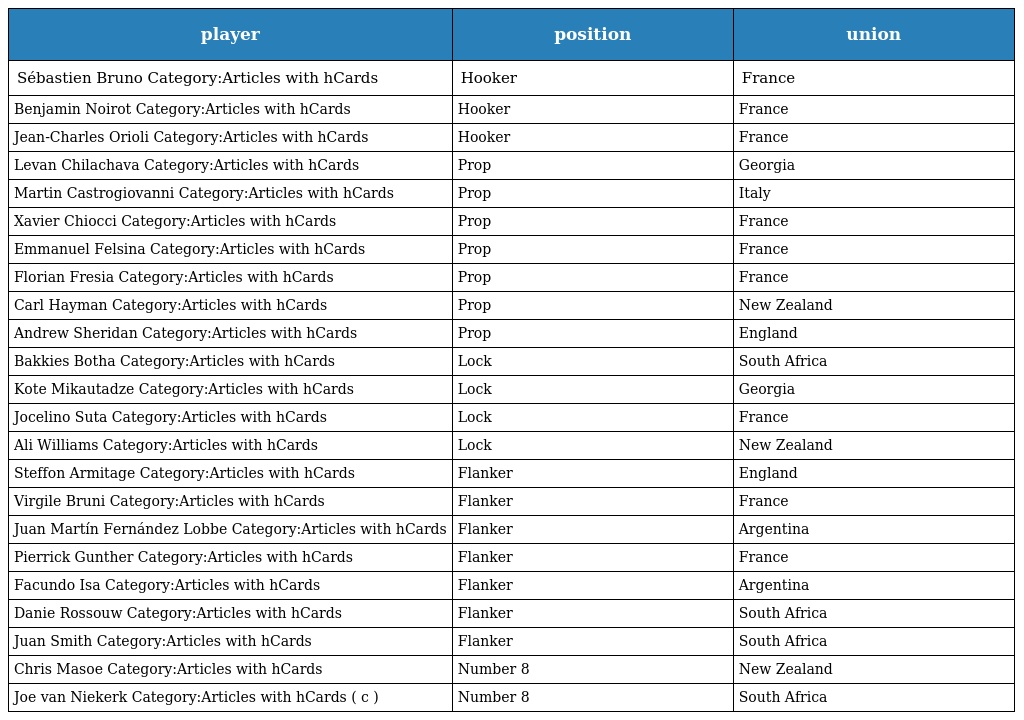
| player | position | union |
 | --- | --- | --- |
 | Sébastien Bruno Category:Articles with hCards | Hooker | France |
 | Benjamin Noirot Category:Articles with hCards | Hooker | France |
 | Jean-Charles Orioli Category:Articles with hCards | Hooker | France |
 | Levan Chilachava Category:Articles with hCards | Prop | Georgia |
 | Martin Castrogiovanni Category:Articles with hCards | Prop | Italy |
 | Xavier Chiocci Category:Articles with hCards | Prop | France |
 | Emmanuel Felsina Category:Articles with hCards | Prop | France |
 | Florian Fresia Category:Articles with hCards | Prop | France |
 | Carl Hayman Category:Articles with hCards | Prop | New Zealand |
 | Andrew Sheridan Category:Articles with hCards | Prop | England |
 | Bakkies Botha Category:Articles with hCards | Lock | South Africa |
 | Kote Mikautadze Category:Articles with hCards | Lock | Georgia |
 | Jocelino Suta Category:Articles with hCards | Lock | France |
 | Ali Williams Category:Articles with hCards | Lock | New Zealand |
 | Steffon Armitage Category:Articles with hCards | Flanker | England |
 | Virgile Bruni Category:Articles with hCards | Flanker | France |
 | Juan Martín Fernández Lobbe Category:Articles with hCards | Flanker | Argentina |
 | Pierrick Gunther Category:Articles with hCards | Flanker | France |
 | Facundo Isa Category:Articles with hCards | Flanker | Argentina |
 | Danie Rossouw Category:Articles with hCards | Flanker | South Africa |
 | Juan Smith Category:Articles with hCards | Flanker | South Africa |
 | Chris Masoe Category:Articles with hCards | Number 8 | New Zealand |
 | Joe van Niekerk Category:Articles with hCards ( c ) | Number 8 | South Africa |